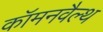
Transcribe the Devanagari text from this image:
कॉमनवैल्‍थ